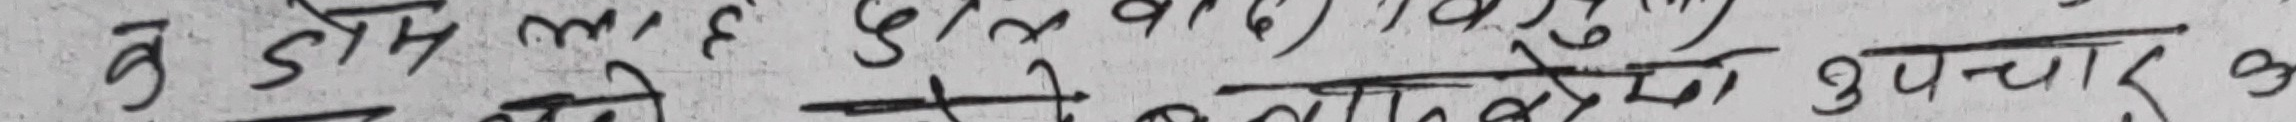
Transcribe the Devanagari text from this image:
वोडी लाभ मिलने दुःख दूर करने में उपचार अ